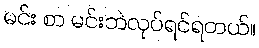
မင်း စာ မင်းဘဲလုပ်ရင်ရတယ်။